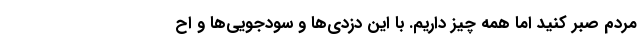
مردم صبر کنید اما همه چیز داریم. با این دزدی‌ها و سودجویی‌ها و اح